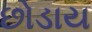
છોડાય